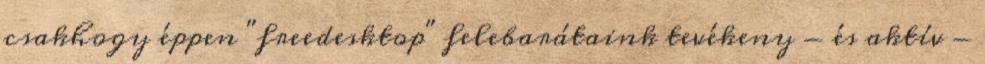
csakhogy éppen "freedesktop" felebarátaink tevékeny - és aktív -